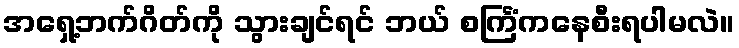
အရှေ့ဘက်ဂိတ်ကို သွားချင်ရင် ဘယ် စင်္ကြံကနေစီးရပါမလဲ။